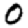
Digit: 0